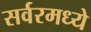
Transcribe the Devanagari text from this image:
सर्वरमध्ये